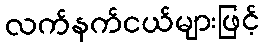
လက်နက်ငယ်များဖြင့်